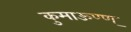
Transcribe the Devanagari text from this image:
कुमाऊण्ण्